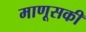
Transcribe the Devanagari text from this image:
माणूसकी